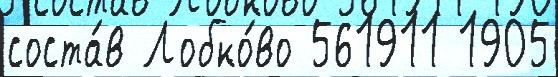
соста́в Лобко́во 561911 1905